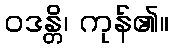
ဝဒန္တိ၊ ကုန်၏။